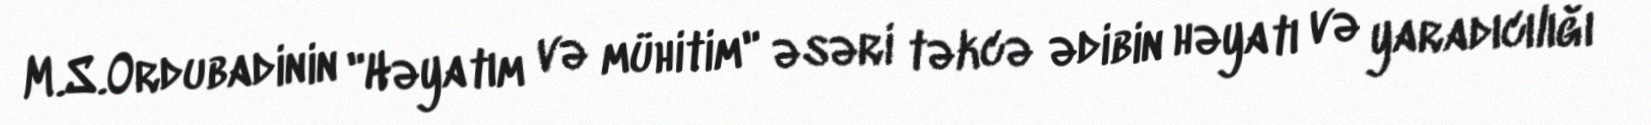
M.S.Ordubadinin "Həyatım və mühitim" əsəri təkcə ədibin həyatı və yaradıcılığı